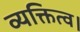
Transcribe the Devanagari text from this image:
व्यक्तित्व।